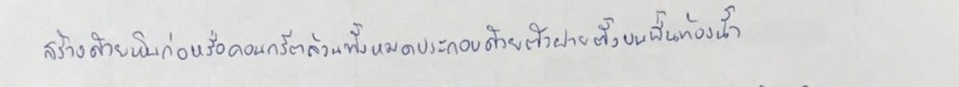
สร้างด้วยหินก่อหรือคอนกรีตล้วนทั้งหมดประกอบด้วยตัวฝายตั้งบนพื้นท้องน้ำ